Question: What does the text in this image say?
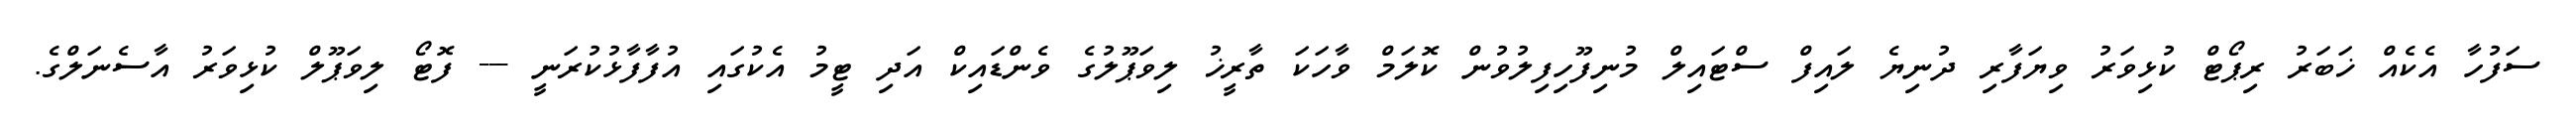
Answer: ސަފުހާ އެކެއް ޚަބަރު ރިޕޯޓް ކުޅިވަރު ވިޔަފާރި ދުނިޔެ ލައިފް ސްޓައިލް މުނިފޫހިފިލުވުން ކޮލަމް ވާހަކަ ތާރީޚު ލިވަޕޫލުގެ ވެންޑައިކް އަދި ޓީމު އެކުގައި އުފާފާޅުކުރަނީ --- ފޮޓޯ ލިވަޕޫލް ކުޅިވަރު އާސެނަލްގެ.